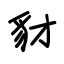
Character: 豺